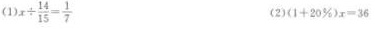
(1)$$x \div \frac { 1 4 } { 1 5 } = \frac { 1 } { 7 }$$ (2)$$( 1 + 2 0 % ) x = 3 6$$